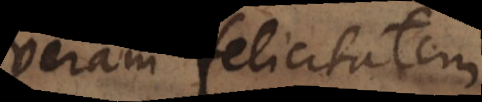
veram felicitatem